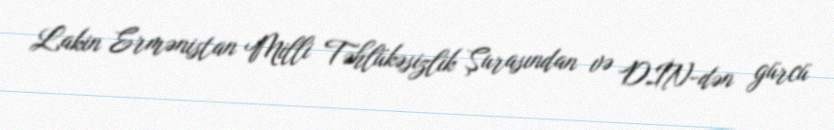
Lakin Ermənistan Milli Təhlükəsizlik Şurasından və DİN-dən gürcü